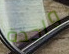
واحدة